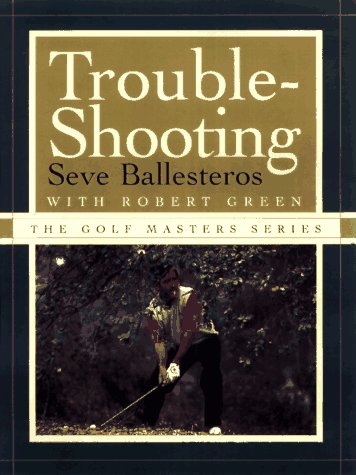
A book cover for TROUBLE-SHOOTING (The Golf Masters Series); Seve Ballesteros; Sports & Outdoors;